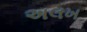
અલખ